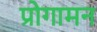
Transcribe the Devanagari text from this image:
प्रोगामन